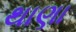
થાણા